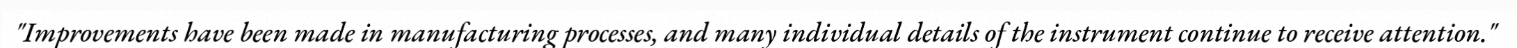
"Improvements have been made in manufacturing processes, and many individual details of the instrument continue to receive attention."